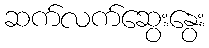
ဆက်လက်ဆွေးနွေး